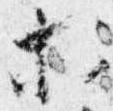
等